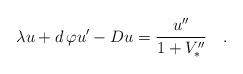
LaTeX: \begin{align*}\lambda u + d\,\varphi u'-Du={u''\over1+V''_*}\quad.\end{align*}